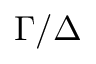
\Gamma / \Delta